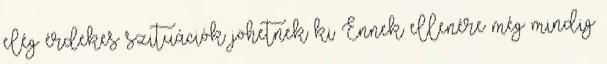
elég érdekes szituációk jöhetnek ki Ennek ellenére még mindig